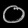
Digit: ၀